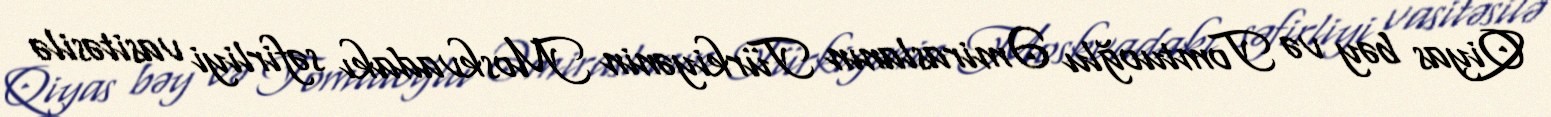
Qiyas bəy və Tomtuoğlu Əmiraslanın Türkiyənin Moskvadakı səfirliyi vasitəsilə